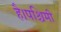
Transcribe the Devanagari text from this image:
है।पश्चिमी